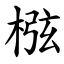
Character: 㭹